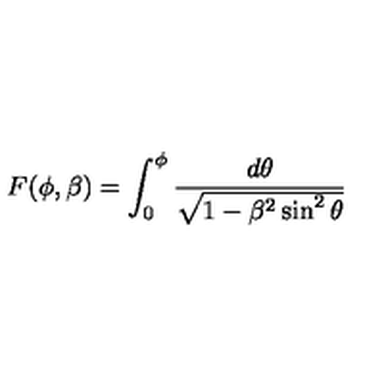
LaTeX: F ( \phi , \beta ) = \int _ { 0 } ^ { \phi } \frac { d \theta } { \sqrt { 1 - \beta ^ { 2 } \sin ^ { 2 } \theta } }